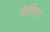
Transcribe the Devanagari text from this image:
फ़िलिक्स